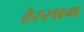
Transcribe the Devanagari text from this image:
हैस्साम